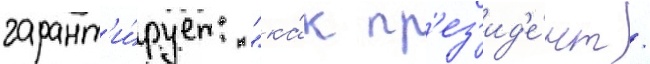
гарант'и́рует: "ка́к пр'ез'ид'е́нт /